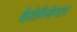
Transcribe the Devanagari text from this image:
बैरोरिसेप्टर